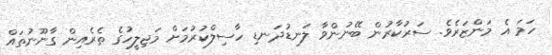
ހަމަ އެ މަންޒަރެވެ. ސަރުކާރުން ބޭނުންވާ ލަނޑުދަނޑި ހާސިލްކުރުމަށް މަޖިލީހުގެ ތެރެއިން ގާނޫނުތައް